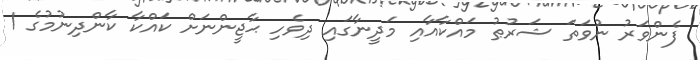
ފެންވަރު ނުވަތަ ޝަރުޠު މައްކާއާއި މަދީނާގައި ދިވެހި ޙާޖީންނަށް ކައްކާ ކާންދިނުމުގެ 1